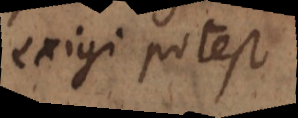
exigi potest